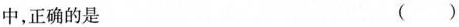
中，正确的是 ()